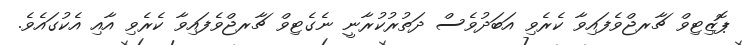
ޕޮޒިޓިވް ޗާރޖްވެފައިވާ ކެރެވި އަބަދުވެސް ދަތުރުކުރާނީ ނެގެޓިވް ޗާރޖްވެފައިވާ ކެރެވި އާއި އެކުގައެވެ.